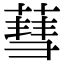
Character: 蔧